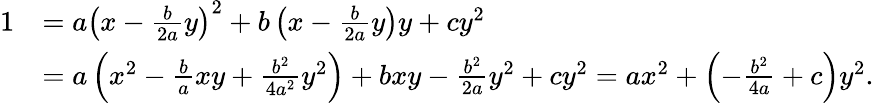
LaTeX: \begin{array}{rl}{1}&{=a\left(x-\frac{b}{2a}y\right)^{2}+b\left(x-\frac{b}{2a}y\right)y+cy^{2}}\\ &{=a\left(x^{2}-\frac{b}{a}xy+\frac{b^{2}}{4a^{2}}y^{2}\right)+bxy-\frac{b^{2}}{2a}y^{2}+cy^{2}=ax^{2}+\left(-\frac{b^{2}}{4a}+c\right)y^{2}.}\end{array}